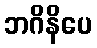
ဘဂိနိပေ